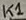
Text: K1